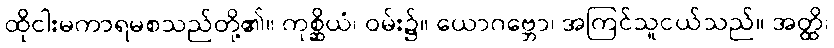
ထိုငါးမကာရမစသည်တို့၏။ ကုစ္ဆိယံ၊ ဝမ်း၌။ ယောဂဗ္ဘော၊ အကြင်သူငယ်သည်။ အတ္ထိ၊